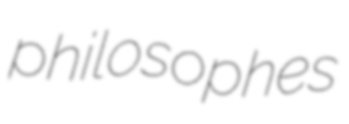
philosophes